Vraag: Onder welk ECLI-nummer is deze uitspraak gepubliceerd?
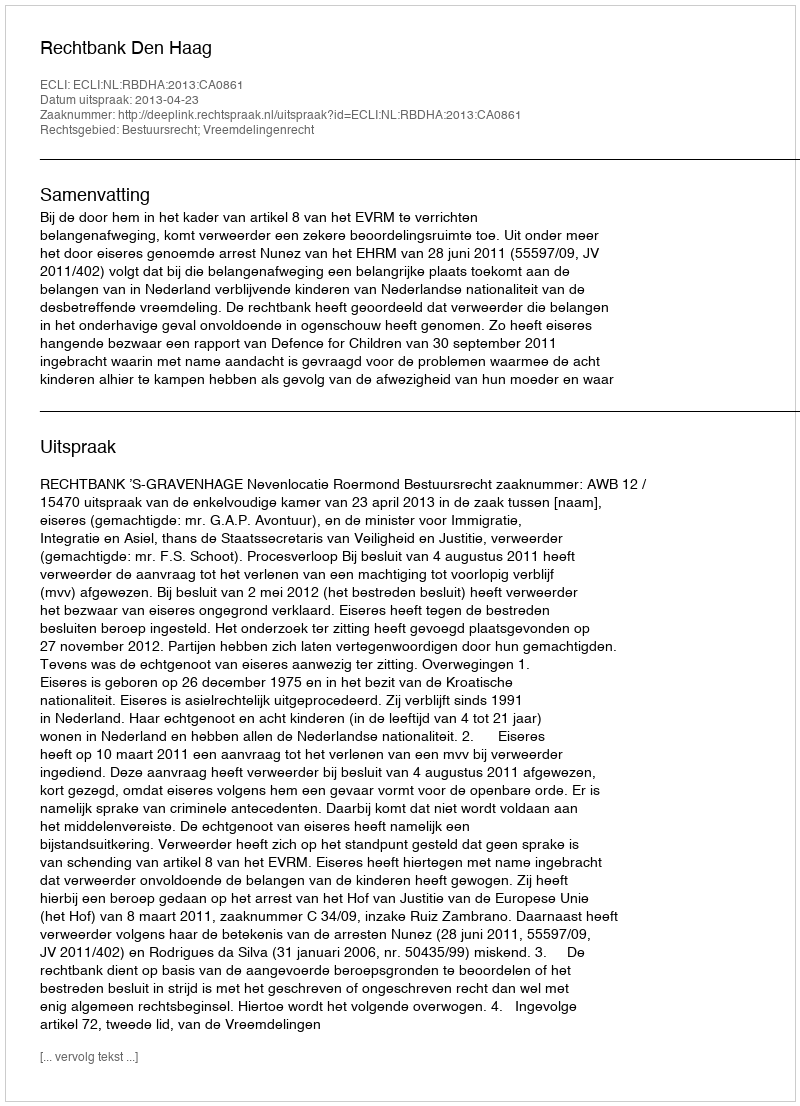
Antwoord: ECLI:NL:RBDHA:2013:CA0861